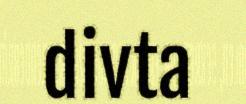
divta